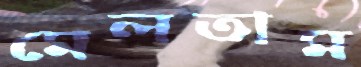
মেলতাম